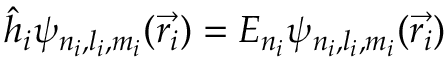
{ \hat { h } } _ { i } \psi _ { n _ { i } , l _ { i } , m _ { i } } ( { \vec { r _ { i } } } ) = E _ { n _ { i } } \psi _ { n _ { i } , l _ { i } , m _ { i } } ( { \vec { r _ { i } } } )